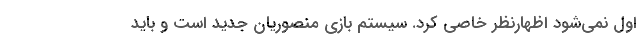
اول نمی‌شود اظهارنظر خاصی کرد. سیستم بازی منصوریان جدید است و باید